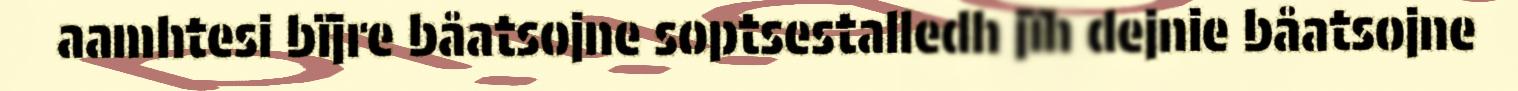
aamhtesi bïjre båatsojne soptsestalledh jïh dejnie båatsojne